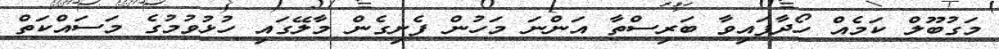
މަގުބޫލް ކަމެއް ހޯދާފައިވާ ބަރިސްތާ އަންނަ މަހުން ފެށިގެން މާލޭގައި ހުޅުވުމުގެ މަސައްކަތް